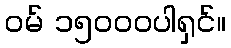
ဝမ် ၁၅၀၀၀ပါရှင်။